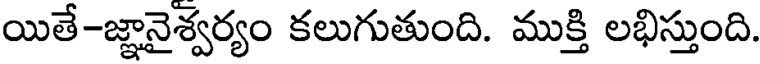
యితే-జ్ఞానైశ్వర్యం కలుగుతుంది. ముక్తి లభిస్తుంది.